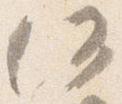
何